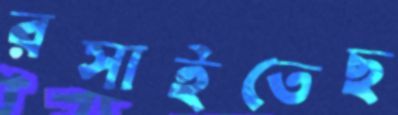
রসাইতেছ